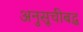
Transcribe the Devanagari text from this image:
अनुसूचीबद्ध